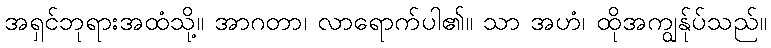
အရှင်ဘုရားအထံသို့။ အာဂတာ၊ လာရောက်ပါ၏။ သာ အဟံ၊ ထိုအကျွန်ုပ်သည်။